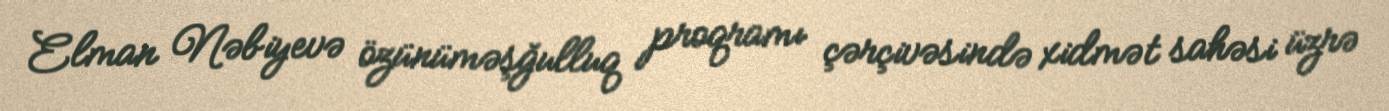
Elman Nəbiyevə özünüməşğulluq proqramı çərçivəsində xidmət sahəsi üzrə